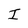
Character: I